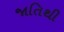
જાતિથી